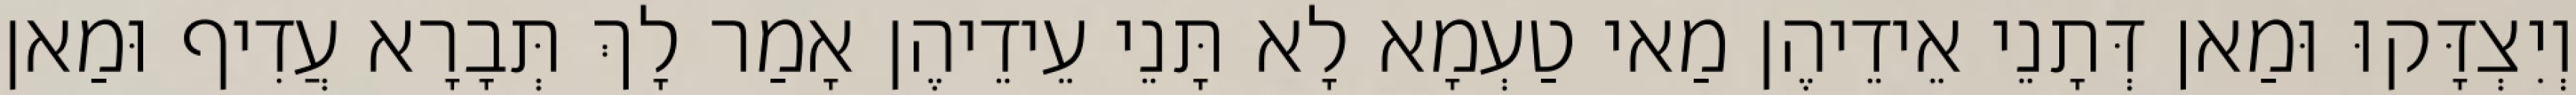
וְיִצְדָּקוּ וּמַאן דְּתָנֵי אֵידֵיהֶן מַאי טַעְמָא לָא תָּנֵי עֵידֵיהֶן אָמַר לָךְ תְּבָרָא עֲדִיף וּמַאן